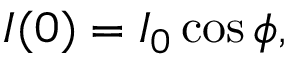
I ( 0 ) = I _ { 0 } \cos \phi ,